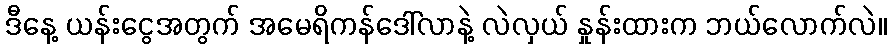
ဒီနေ့ ယန်းငွေအတွက် အမေရိကန်ဒေါ်လာနဲ့ လဲလှယ် နှုန်းထားက ဘယ်လောက်လဲ။